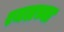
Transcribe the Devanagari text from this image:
रमलच्या